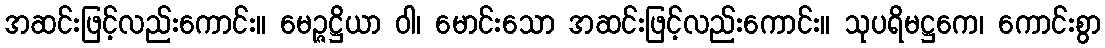
အဆင်းဖြင့်လည်းကောင်း။ မေဉ္ဇဋ္ဌိယာ ဝါ၊ မောင်းသော အဆင်းဖြင့်လည်းကောင်း။ သုပရိမဋ္ဌကေ၊ ကောင်းစွာ